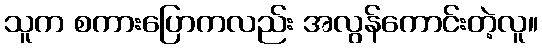
သူက စကားပြောကလည်း အလွန်ကောင်းတဲ့လူ။